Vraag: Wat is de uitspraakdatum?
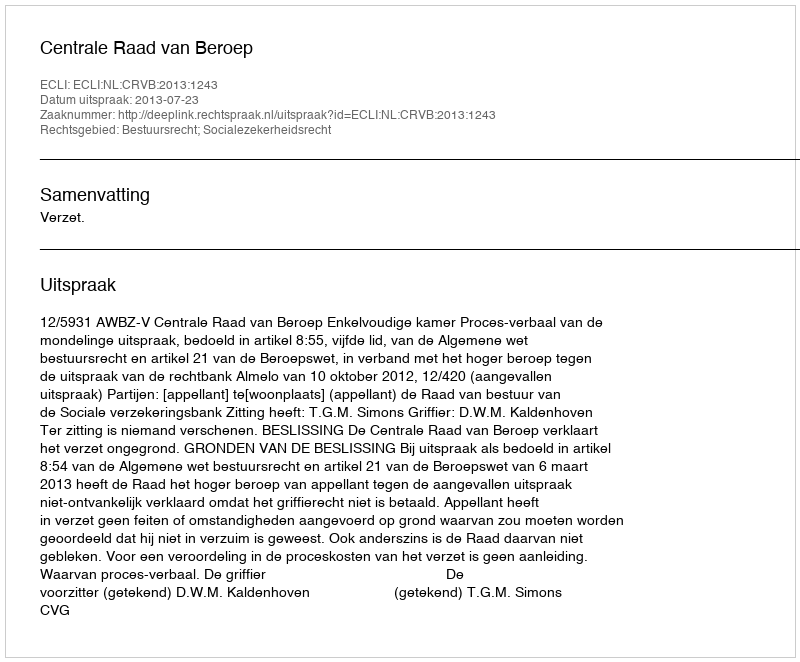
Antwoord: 2013-07-23